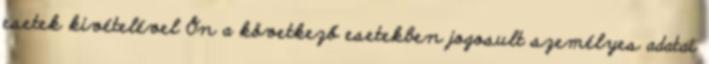
esetek kivételével Ön a következő esetekben jogosult személyes adatai